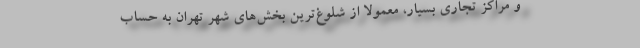
و مراکز تجاری بسیار، معمولاً از شلوغ‌ترین بخش‌های شهر تهران به حساب